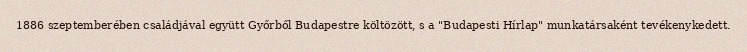
1886 szeptemberében családjával együtt Győrből Budapestre költözött, s a "Budapesti Hírlap" munkatársaként tevékenykedett.